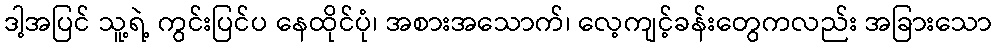
ဒါ့အပြင် သူ့ရဲ့ ကွင်းပြင်ပ နေထိုင်ပုံ၊ အစားအသောက်၊ လေ့ကျင့်ခန်းတွေကလည်း အခြားသော